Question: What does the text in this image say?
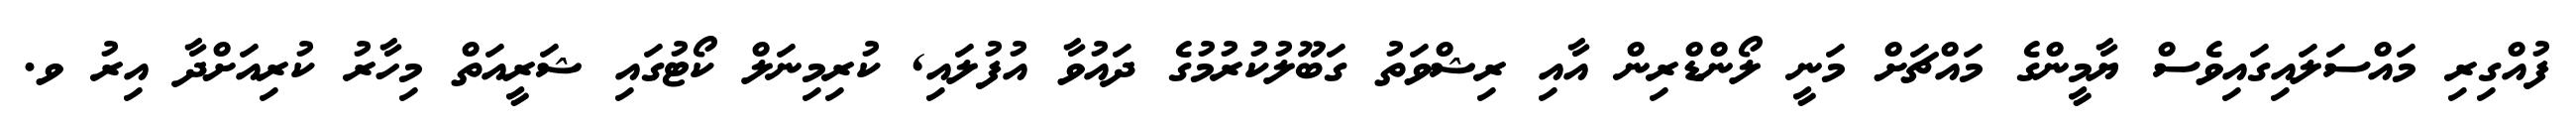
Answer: ފުއްގިރި މައްސަލައިގައިވެސް ޔާމީންގެ މައްޗަށް މަނީ ލޯންޑްރިން އާއި ރިޝްވަތު ގަބޫލުކުރުމުގެ ދައުވާ އުފުލައި, ކުރިމިނަލް ކޯޓުގައި ޝަރީއަތް މިހާރު ކުރިއަށްދާ އިރު ވ.